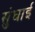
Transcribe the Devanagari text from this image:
सुंघाई